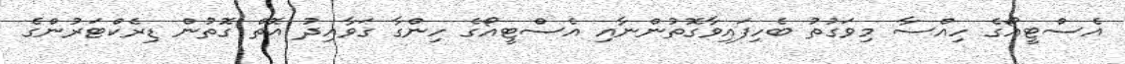
އެސްޓީއޯގެ ހިއްސާ މިވަގުތު ބެހިފައިވާގޮތުންނާއި އެސްޓީއޯގެ ހިންގާ ގަވާއިދު އޮތް ގޮތުން ޑިރެކްޓަރުންގެ